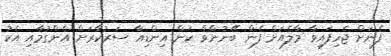
ފެނަށް ޖެހިފައިވާ މާލެއަށް ފެން ބޭނުންވާ ކަން އިންޑިއާ ސަރުކާރަށް އެންގުމާއި އެކު